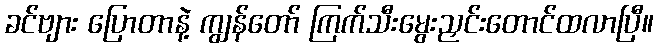
ခင်ဗျား ပြောတာနဲ့ ကျွန်တော် ကြက်သီးမွေးညှင်းတောင်ထလာပြီ။